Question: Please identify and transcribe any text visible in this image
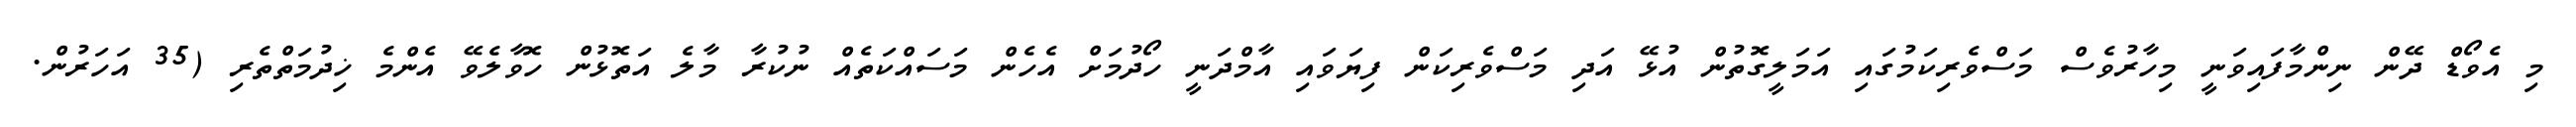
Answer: މި އެވޯޑް ދޭން ނިންމާފައިވަނީ މިހާރުވެސް މަސްވެރިކަމުގައި އަމަލީގޮތުން އުޅޭ އަދި މަސްވެރިކަން ފިޔަވައި އާމްދަނީ ހޯދުމަށް އެހެން މަސައްކަތެއް ނުކުރާ މާލެ އަތޮޅުން ހޮވާލެވޭ އެންމެ ޚިދުމަތްތެރި (35 އަހަރުން.